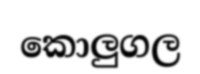
කොලුගල